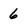
Character: 6